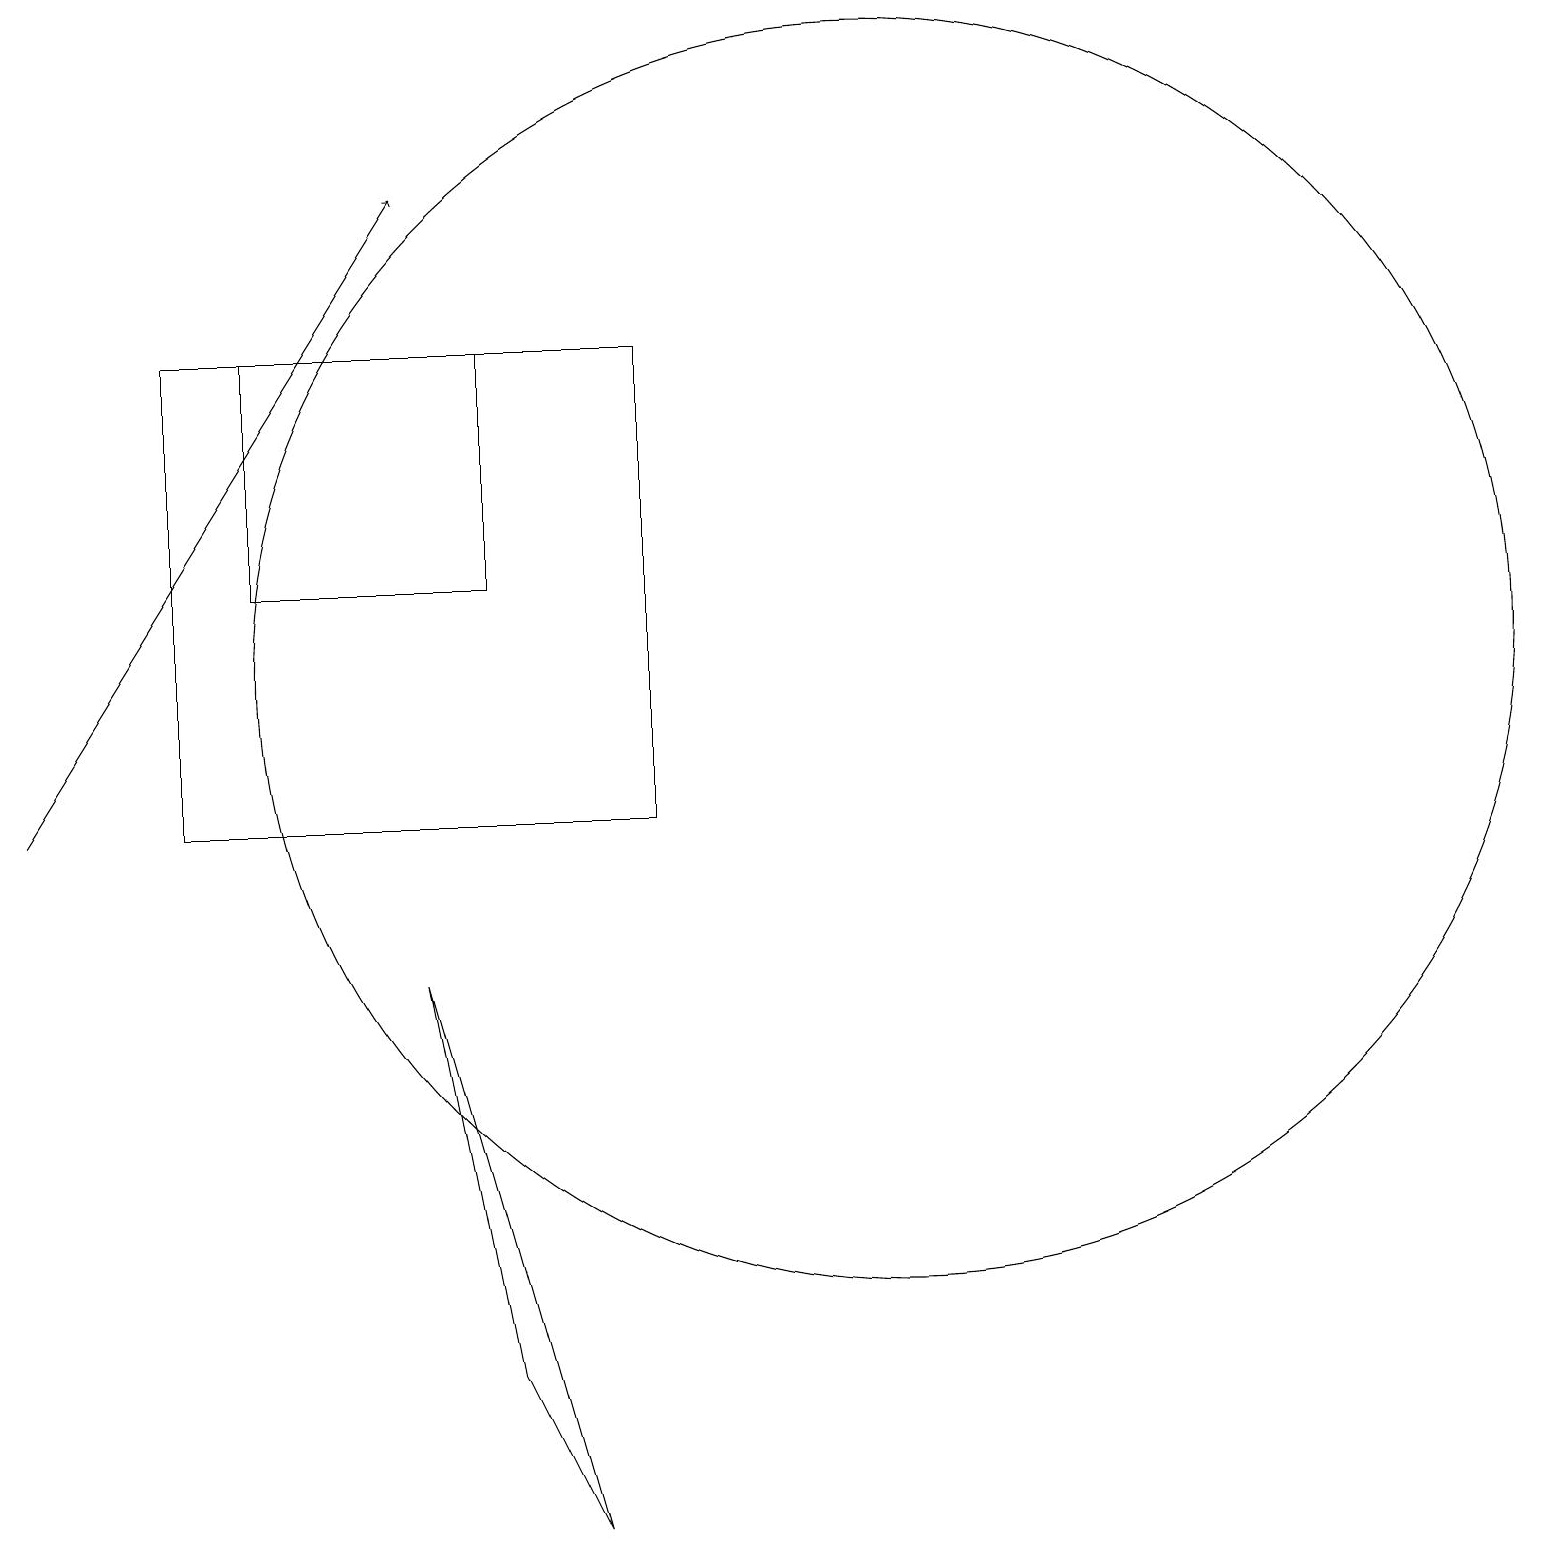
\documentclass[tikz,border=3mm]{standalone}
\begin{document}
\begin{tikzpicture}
\draw (2,16) rectangle (8,10);
\draw[->] (0,10) -- (5,18);
\draw (5,8) -- (7,1) -- (6,3) -- cycle;
\draw (11,12) circle (8);
\draw (6,13) rectangle (3,16);
\draw (10,11) circle (0);
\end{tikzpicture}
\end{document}